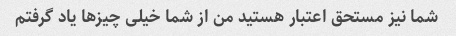
شما نیز مستحق اعتبار هستید من از شما خیلی چیزها یاد گرفتم